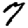
Digit: 7